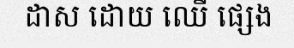
ដាស ដោយ ឈើ ផ្សេង